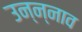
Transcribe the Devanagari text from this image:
उन्न्नाव